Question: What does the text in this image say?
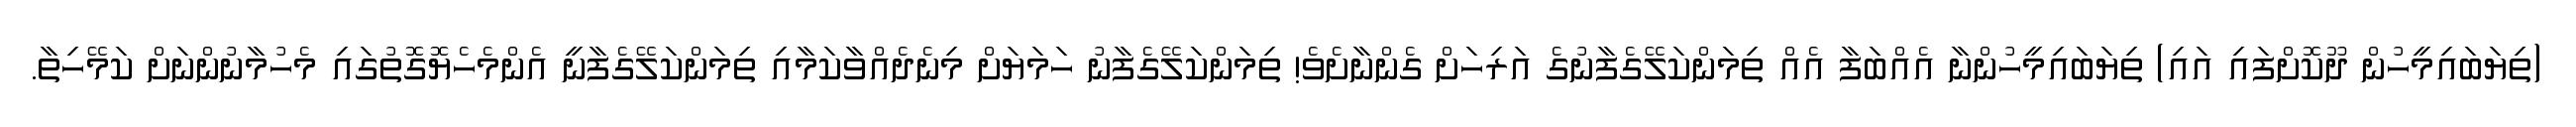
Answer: (ތިޔަބައިމީހުން ދޫކޮށްފައި އައި) ތިޔަބައިމީހުންނާ އެއްބަފާ އެއް ތިމަންކަލޭގެފާނުގެ އަރިހަށް ގެންނާށެވެ! ތިމަންކަލޭގެފާނު ހަމަޔަށް މިނެދެއްވާކަމާއި ތިމަންކަލޭގެފާނީ އެންމެހެޔޮގޮތުގައި މެހުމާނުންނަށް ކަމޭހިތާ.